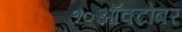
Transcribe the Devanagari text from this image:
१०ऑक्टोबर